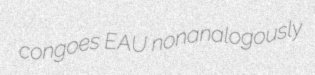
congoes EAU nonanalogously